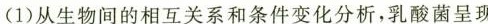
(1)从生物间的相互关系和条件变化分析，乳酸菌呈现